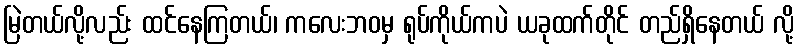
မြဲတယ်လို့လည်း ထင်နေကြတယ်၊ ကလေးဘဝမှ ရုပ်ကိုယ်ကပဲ ယခုထက်တိုင် တည်ရှိနေတယ် လို့